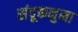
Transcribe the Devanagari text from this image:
संदूकनुमा